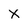
Character: x